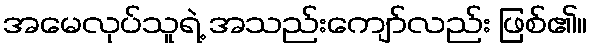
အမေလုပ်သူရဲ့ အသည်းကျော်လည်း ဖြစ်၏။